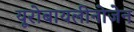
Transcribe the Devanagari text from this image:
यूरोबायलीनोजेन